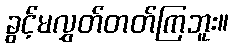
ခွင့်မလွှတ်တတ်ကြဘူး။